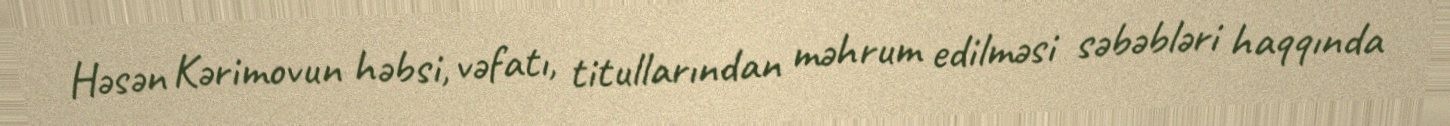
Həsən Kərimovun həbsi, vəfatı, titullarından məhrum edilməsi səbəbləri haqqında